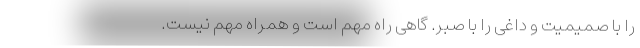
را با صمیمیت و داغی را با صبر. گاهی راه مهم است و همراه مهم نیست.